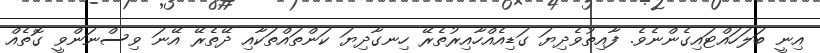
އިނީ ބަލަހައްޓައިގެންނެވެ. ފާއިތުވެދިޔަ ގަޑިއެއްހާއިރުތެރޭ ހިނގާދިޔަ ކަންތައްތަކާއި ދޭތެރޭ އޭނަ ވިސްނަންވީ ގޮތެއް